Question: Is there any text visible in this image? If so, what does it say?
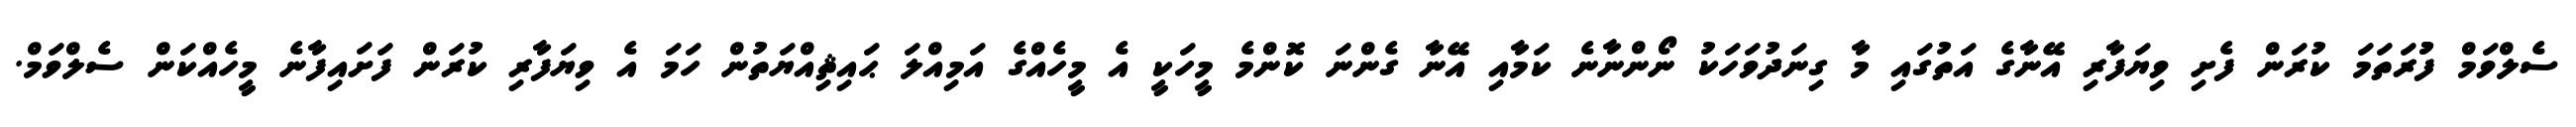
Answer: ސެލްވަމް ފުުރަތަމަ ކުރަން ފެށި ވިޔަފާރި އޭނާގެ އަތުގައި މާ ގިނަދުވަހަކު ނޯންނާނެ ކަމާއި އޭނާ ގެންނަ ކޮންމެ މީހަކީ އެ މީހެއްގެ އަމިއްލަ ޙައިޘިއްޔަތުން ހަމަ އެ ވިޔަފާރި ކުރަން ފަށައިފާނެ މީހެއްކަން ސެލްވަމް.